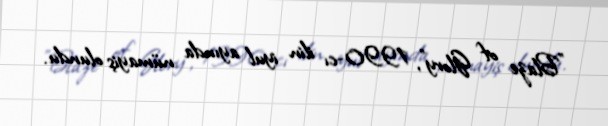
"Blaze of Glory", 1990-cı ilin iyul ayında nümayiş olundu.